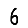
Digit: 6